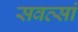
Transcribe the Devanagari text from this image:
सवत्सां